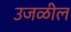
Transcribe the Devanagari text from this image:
उजळील